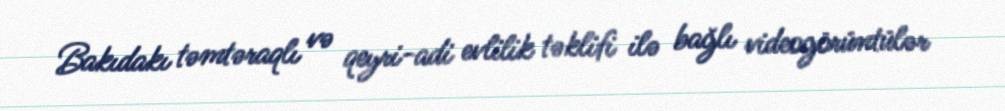
Bakıdakı təmtəraqlı və qeyri-adi evlilik təklifi ilə bağlı videogörüntülər